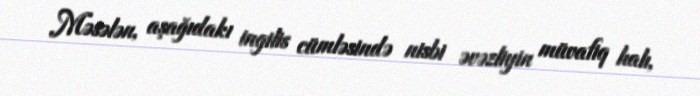
Məsələn, aşağıdakı ingilis cümləsində nisbi əvəzliyin müvafiq halı,